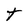
Character: T